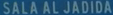
SALA AL JADIDA